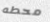
محطه